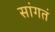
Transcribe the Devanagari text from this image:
सांगतं